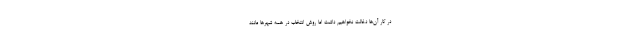
در کار آن‌ها دخالت نخواهیم داشت اما روش انتخاب در همه شهرها مانند